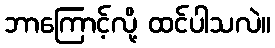
ဘာကြောင့်လို့ ထင်ပါသလဲ။